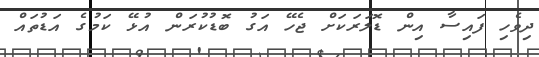
ދިވެހި ފައިސާ އިން ޑޮލަރަކަށް ޖެހޭ އަގު ބޮޑުކުރަން އުޅޭ ކަމުގެ އަޑުތައް